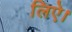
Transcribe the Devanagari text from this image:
लिऐ।